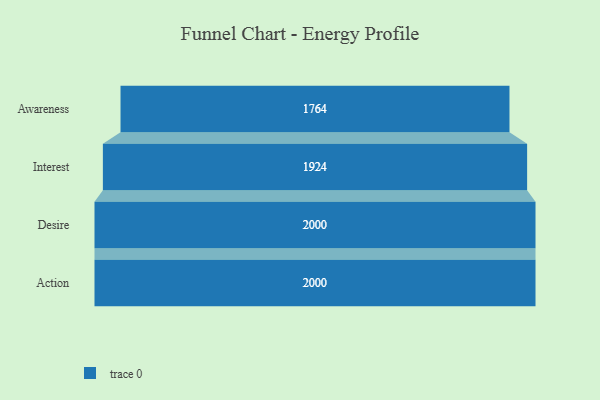
{"axis": {"x": "Stage", "y": "Value"}, "legend": [""], "data": [{"x": "Awareness", "y": 1764.0, "type": ""}, {"x": "Interest", "y": 1924.0, "type": ""}, {"x": "Desire", "y": 2000, "type": ""}, {"x": "Action", "y": 2000, "type": ""}]}